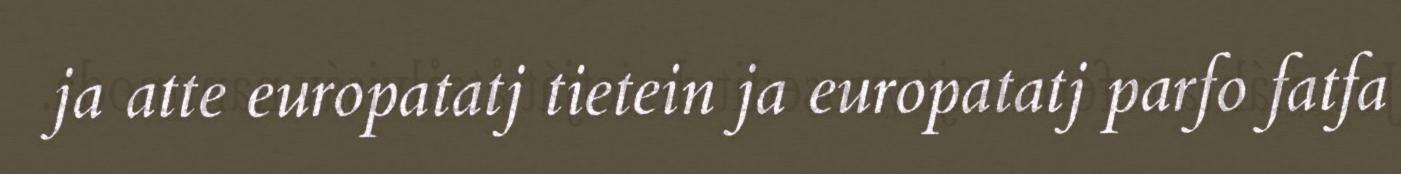
ja atte europatatj tietein ja europatatj parfo fatfa